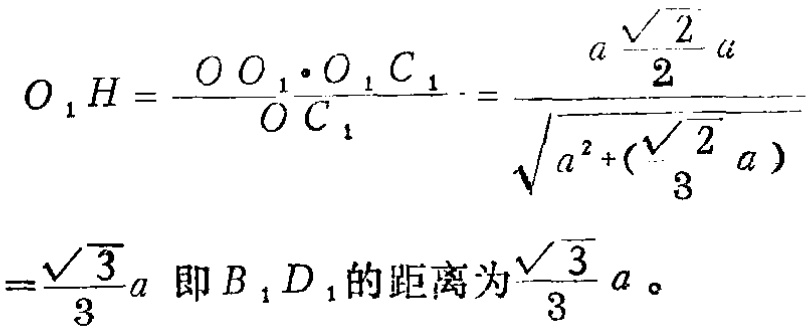
\[
\begin{align*}
O_{1}H&=\frac{OO_{1}\cdot O_{1}C_{1}}{OC_{1}}=\frac{a\frac{\sqrt{2}}{2}a}{\sqrt{a^{2}+(\frac{\sqrt{2}}{3}a)^{2}}}\\
&=\frac{\sqrt{3}}{3}a \text{ 即 } B_{1}D_{1}\text{ 的距离为 }\frac{\sqrt{3}}{3}a \text{。}
\end{align*}
\]